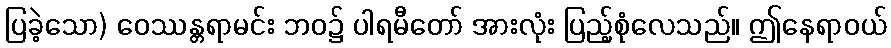
ပြခဲ့သော) ဝေဿန္တရာမင်း ဘဝ၌ ပါရမီတော် အားလုံး ပြည့်စုံလေသည်။ ဤနေရာဝယ်